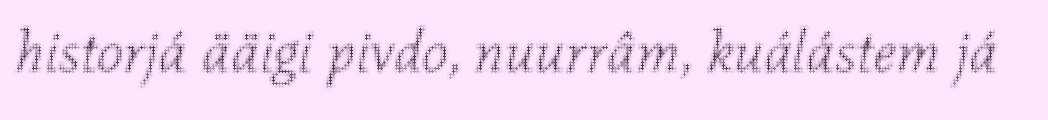
historjá ääigi pivdo, nuurrâm, kuálástem já